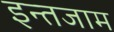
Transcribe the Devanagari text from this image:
इन्‍तजाम